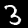
Label: 3